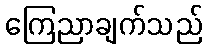
ကြေညာချက်သည်